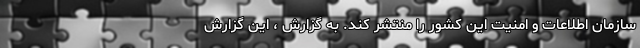
سازمان اطلاعات و امنیت این کشور را منتشر کند. به گزارش ، این گزارش